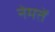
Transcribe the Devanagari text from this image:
नेमतें